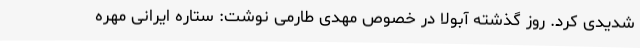
شدیدی کرد. روز گذشته آبولا در خصوص مهدی طارمی نوشت: ستاره ایرانی مهره